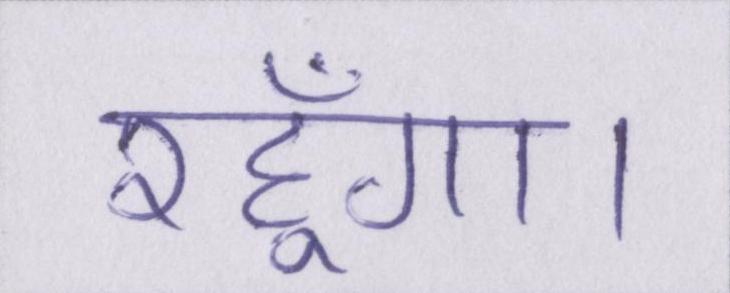
रहूँगा।